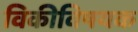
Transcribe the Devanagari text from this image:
विकीविषयक